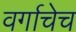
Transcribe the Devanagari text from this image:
वर्गाचेच